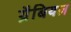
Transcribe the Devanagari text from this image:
ग्रैबियल